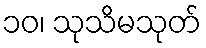
၁၀၊ သုသိမသုတ်